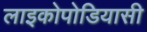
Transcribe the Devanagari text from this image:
लाइकोपोडियासी